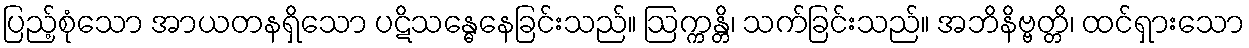
ပြည့်စုံသော အာယတနရှိသော ပဋိသန္ဓေနေခြင်းသည်။ ဩက္ကန္တိ၊ သက်ခြင်းသည်။ အဘိနိဗ္ဗတ္တိ၊ ထင်ရှားသော